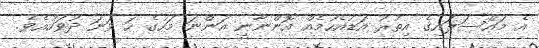
އެ މައްސަލައިގެ އިތުރު އަޑުއެހުމެއް އޮންނާނީ އަންނަ މަހުގެ ހަ ވަނަ ދުވަހުއެވެ.